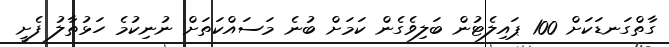
ގާތްގަނޑަކަށް 100 ޕައިލެޓުން ބަލިވެގެން ކަމަށް ބުނެ މަސައްކަތަށް ނުނިކުމެ ހަޅުތާލު ފެށީ